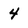
Character: 4